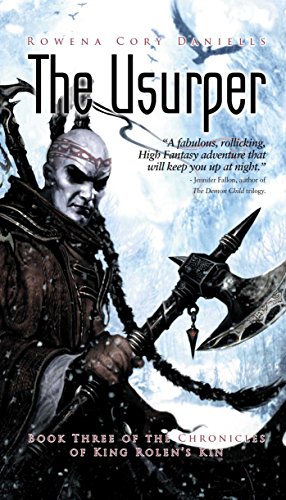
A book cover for The Usurper (King Rolen's Kin, Book 3); Rowena Cory Daniells; Literature & Fiction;